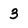
Character: 3